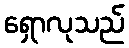
ရှောလုသည်